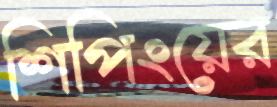
শিপিংয়ের